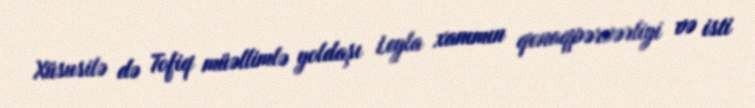
Xüsusilə də Tofiq müəllimlə yoldaşı Leyla xanımın qonaqpərvərliyi və isti